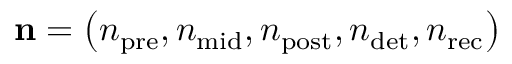
{ \bf n } = \left( n _ { \mathrm { p r e } } , n _ { \mathrm { m i d } } , n _ { \mathrm { p o s t } } , n _ { \mathrm { d e t } } , n _ { \mathrm { r e c } } \right)